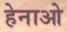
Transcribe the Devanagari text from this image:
हेनाओ